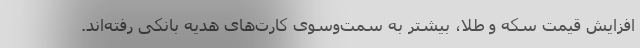
افزایش قیمت سکه و طلا، بیشتر به سمت‌وسوی کارت‌های هدیه بانکی رفته‌اند.